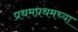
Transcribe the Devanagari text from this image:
प्रथमप्रथमच्या